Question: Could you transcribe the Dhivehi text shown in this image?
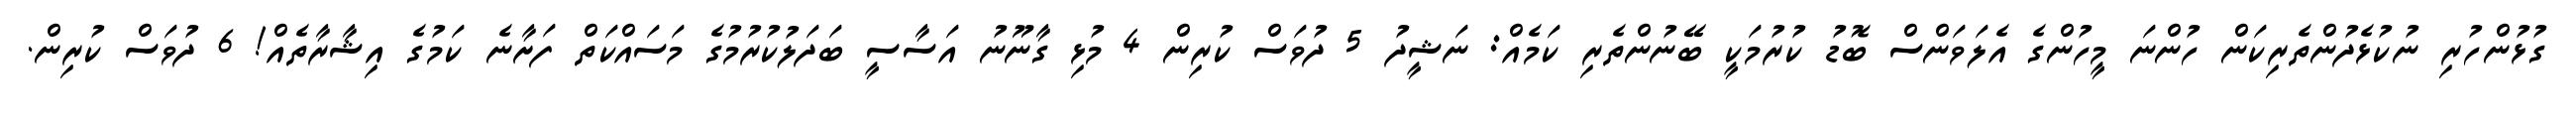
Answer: ގުޅުންހުރި ނުކުޅެދުންތެރިކަން ހުންނަ މީހުންގެ އެލަވަންސް ބޮޑު ކުރުމަކީ ބޭނުންތެރި ކަމެއް: ނަޝީދު 5 ދުވަސް ކުރިން 4 މުޅި ގާނޫނު އަސާސީ ބަދަލުކުރުމުގެ މަސައްކަތް ފަށާނެ ކަމުގެ އިޝާރާތެއް! 6 ދުވަސް ކުރިން.